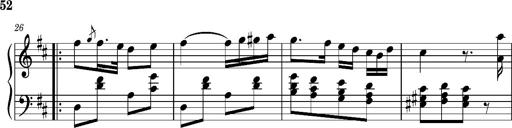
Title: Ungarischer Romanzero
Composer: Franz Liszt